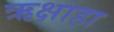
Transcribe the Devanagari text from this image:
ऋक्षाहा